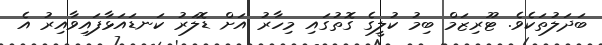
ބަދަލުތަކެވެ. ޓޫރިޒަމް ބިމު ކުލީގެ ގޮތުގައި މިހާރު އަށް ޑޮލަރު ކަނޑައަޅާފައިވާއިރު އެ